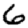
Digit: 6